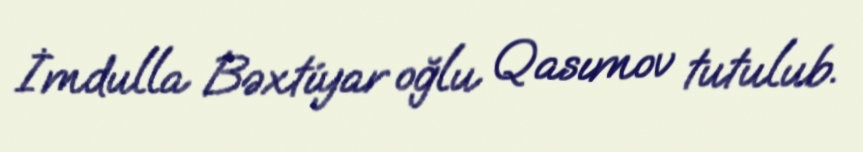
İmdulla Bəxtiyar oğlu Qasımov tutulub.